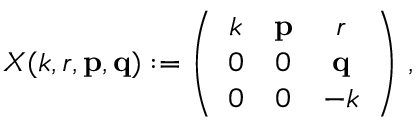
X ( k , r , { \bf p } , { \bf q } ) : = \left( \begin{array} { c c c } { { k } } & { { { \bf p } } } & { { r } } \\ { { 0 } } & { { 0 } } & { { { \bf q } } } \\ { { 0 } } & { { 0 } } & { { - k } } \end{array} \right) \, ,